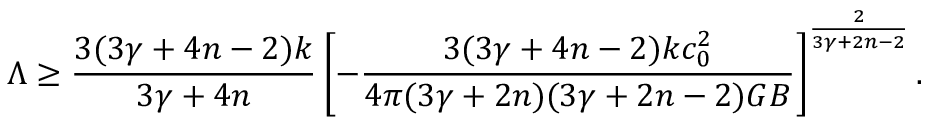
\Lambda \geq { \frac { 3 ( 3 \gamma + 4 n - 2 ) k } { 3 \gamma + 4 n } } \left[ - { \frac { 3 ( 3 \gamma + 4 n - 2 ) k c _ { 0 } ^ { 2 } } { 4 \pi ( 3 \gamma + 2 n ) ( 3 \gamma + 2 n - 2 ) G B } } \right] ^ { \frac { 2 } { 3 \gamma + 2 n - 2 } } .